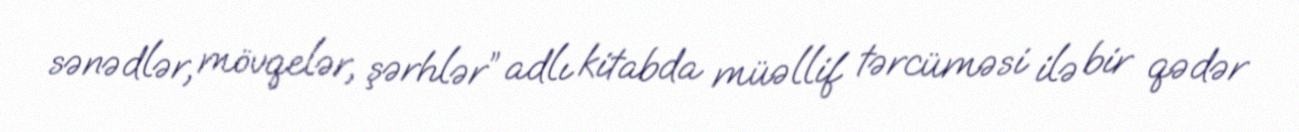
sənədlər, mövqelər, şərhlər” adlı kitabda müəllif tərcüməsi ilə bir qədər